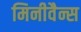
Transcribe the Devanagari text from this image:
मिनीवैन्स